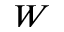
W